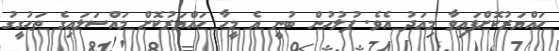
ހައްޔަރުކޮށްފައިވާ މިއަދު އެވެ. ފުލުހުން ބުނީ އެ މީހާ ހައްޔަރުކޮށް މައްސަލައިގެ ތަހުގީގު